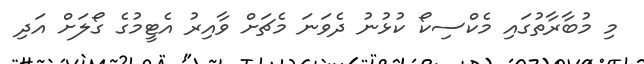
މި މުބާރާތުގައި މެކްސިކޯ ކުޅުނު ދެވަނަ މެޗަށް ވާއިރު އެޓީމުގެ ގޯލަށް އަދި